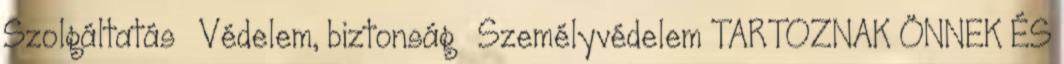
Szolgáltatás » Védelem, biztonság » Személyvédelem TARTOZNAK ÖNNEK ÉS